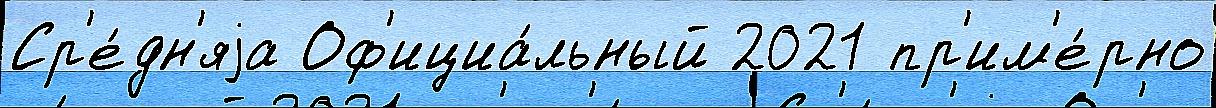
Ср'е́дн'яjа Оф'ициа́льный 2021 пр'им'е́рно